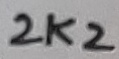
Text: 2K2